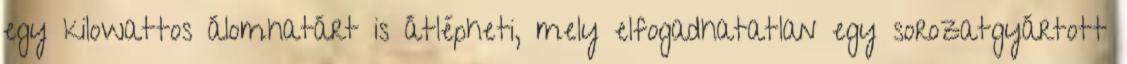
egy kilowattos álomhatárt is átlépheti, mely elfogadhatatlan egy sorozatgyártott